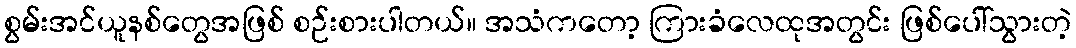
စွမ်းအင်ယူနစ်တွေအဖြစ် စဉ်းစားပါတယ်။ အသံကတော့ ကြားခံလေထုအတွင်း ဖြစ်ပေါ်သွားတဲ့